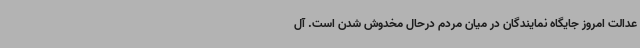
عدالت امروز جایگاه نمایندگان در میان مردم درحال مخدوش شدن است. آل